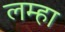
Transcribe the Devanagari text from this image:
लम्हा